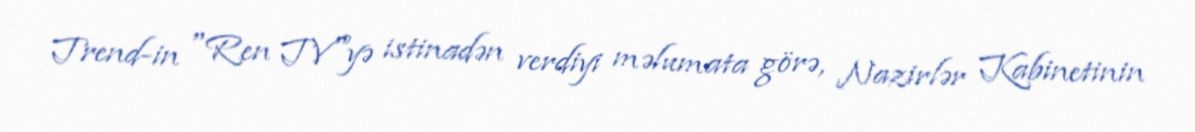
Trend-in "Ren TV"yə istinadən verdiyi məlumata görə, Nazirlər Kabinetinin